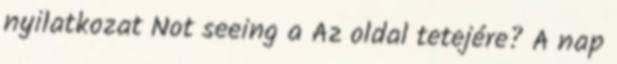
nyilatkozat Not seeing a Az oldal tetejére? A nap